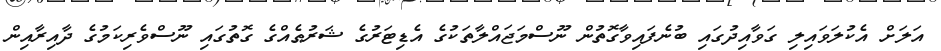
އަލަށް އެކުލަވައިލި ގަވާއިދުގައި ބުނެފައިވާގޮތުން ނޫސްމަޖައްލާތަކުގެ އެޑިޓަރުގެ ޝަރުޠެއްގެ ގޮތުގައި ނޫސްވެރިކަމުގެ ދާއިރާއިން